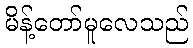
မိန့်တော်မူလေသည်